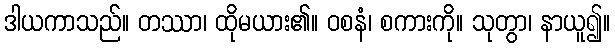
ဒါယကာသည်။ တဿာ၊ ထိုမယား၏။ ဝစနံ၊ စကားကို။ သုတွာ၊ နာယူ၍။